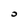
Character: 0